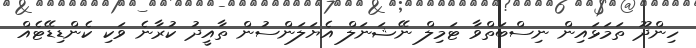
ހިންދޫ ތަމަޅައިން ނިސްބަތްވާ ޓަމިލް ނޭޝަނަލް އެޔަލަންސުން ތާއީދު ކުރާނެ ވަކި ކެންޑިޑޭޓެއް